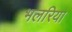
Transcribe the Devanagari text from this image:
भलरिया